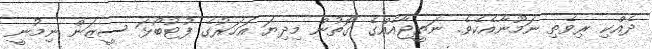
ދެއްކި ރިވެތި ނަމޫނާއެކެވެ. ނަތީޖާއެއްގެ ގޮތުން މިދިޔަ އަހަރުގެ ފުޓުބޯޅަ ސީޒަން ނިމުނީ